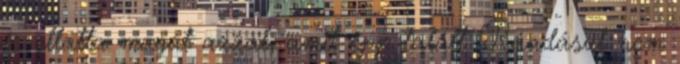
is ellátta magát azzal, amit épp talált. Ráadásul nem